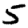
Digit: 5